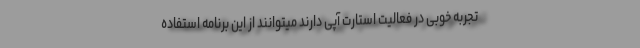
تجربه خوبی در فعالیت استارت آپی دارند میتوانند از این برنامه استفاده